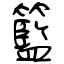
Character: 籃